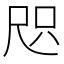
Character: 咫